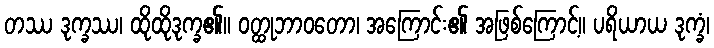
တဿ ဒုက္ခဿ၊ ထိုထိုဒုက္ခ၏။ ဝတ္ထုဘာဝတော၊ အကြောင်း၏ အဖြစ်ကြောင့်။ ပရိယာယ ဒုက္ခံ၊